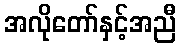
အလိုတော်နှင့်အညီ